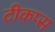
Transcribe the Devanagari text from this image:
टीकप्स